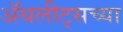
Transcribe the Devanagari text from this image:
ॲथलीट्सच्या